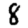
Digit: 8